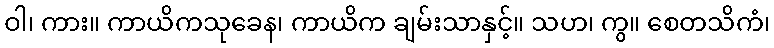
ဝါ၊ ကား။ ကာယိကသုခေန၊ ကာယိက ချမ်းသာနှင့်။ သဟ၊ ကွ။ စေတသိကံ၊